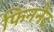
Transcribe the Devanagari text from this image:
फिननेट